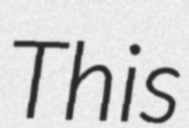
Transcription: This